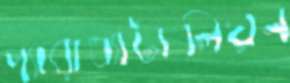
প্যারাব্যাটালিয়ন